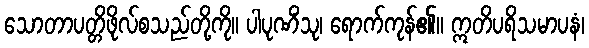
သောတာပတ္တိဖိုလ်စသည်တို့ကို။ ပါပုဏိံသု၊ ရောက်ကုန်၏။ ဣတိပရိသမာပနံ၊